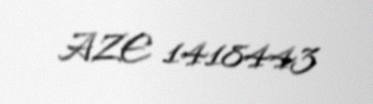
AZE 1418443